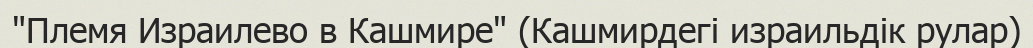
"Племя Израилево в Кашмире" (Кашмирдегі израильдік рулар)